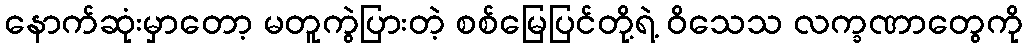
နောက်ဆုံးမှာတော့ မတူကွဲပြားတဲ့ စစ်မြေပြင်တို့ရဲ့ ဝိသေသ လက္ခဏာတွေကို